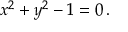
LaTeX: x ^ { 2 } + y ^ { 2 } - 1 = 0 \, .